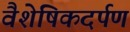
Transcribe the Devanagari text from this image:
वैशेषिकदर्पण